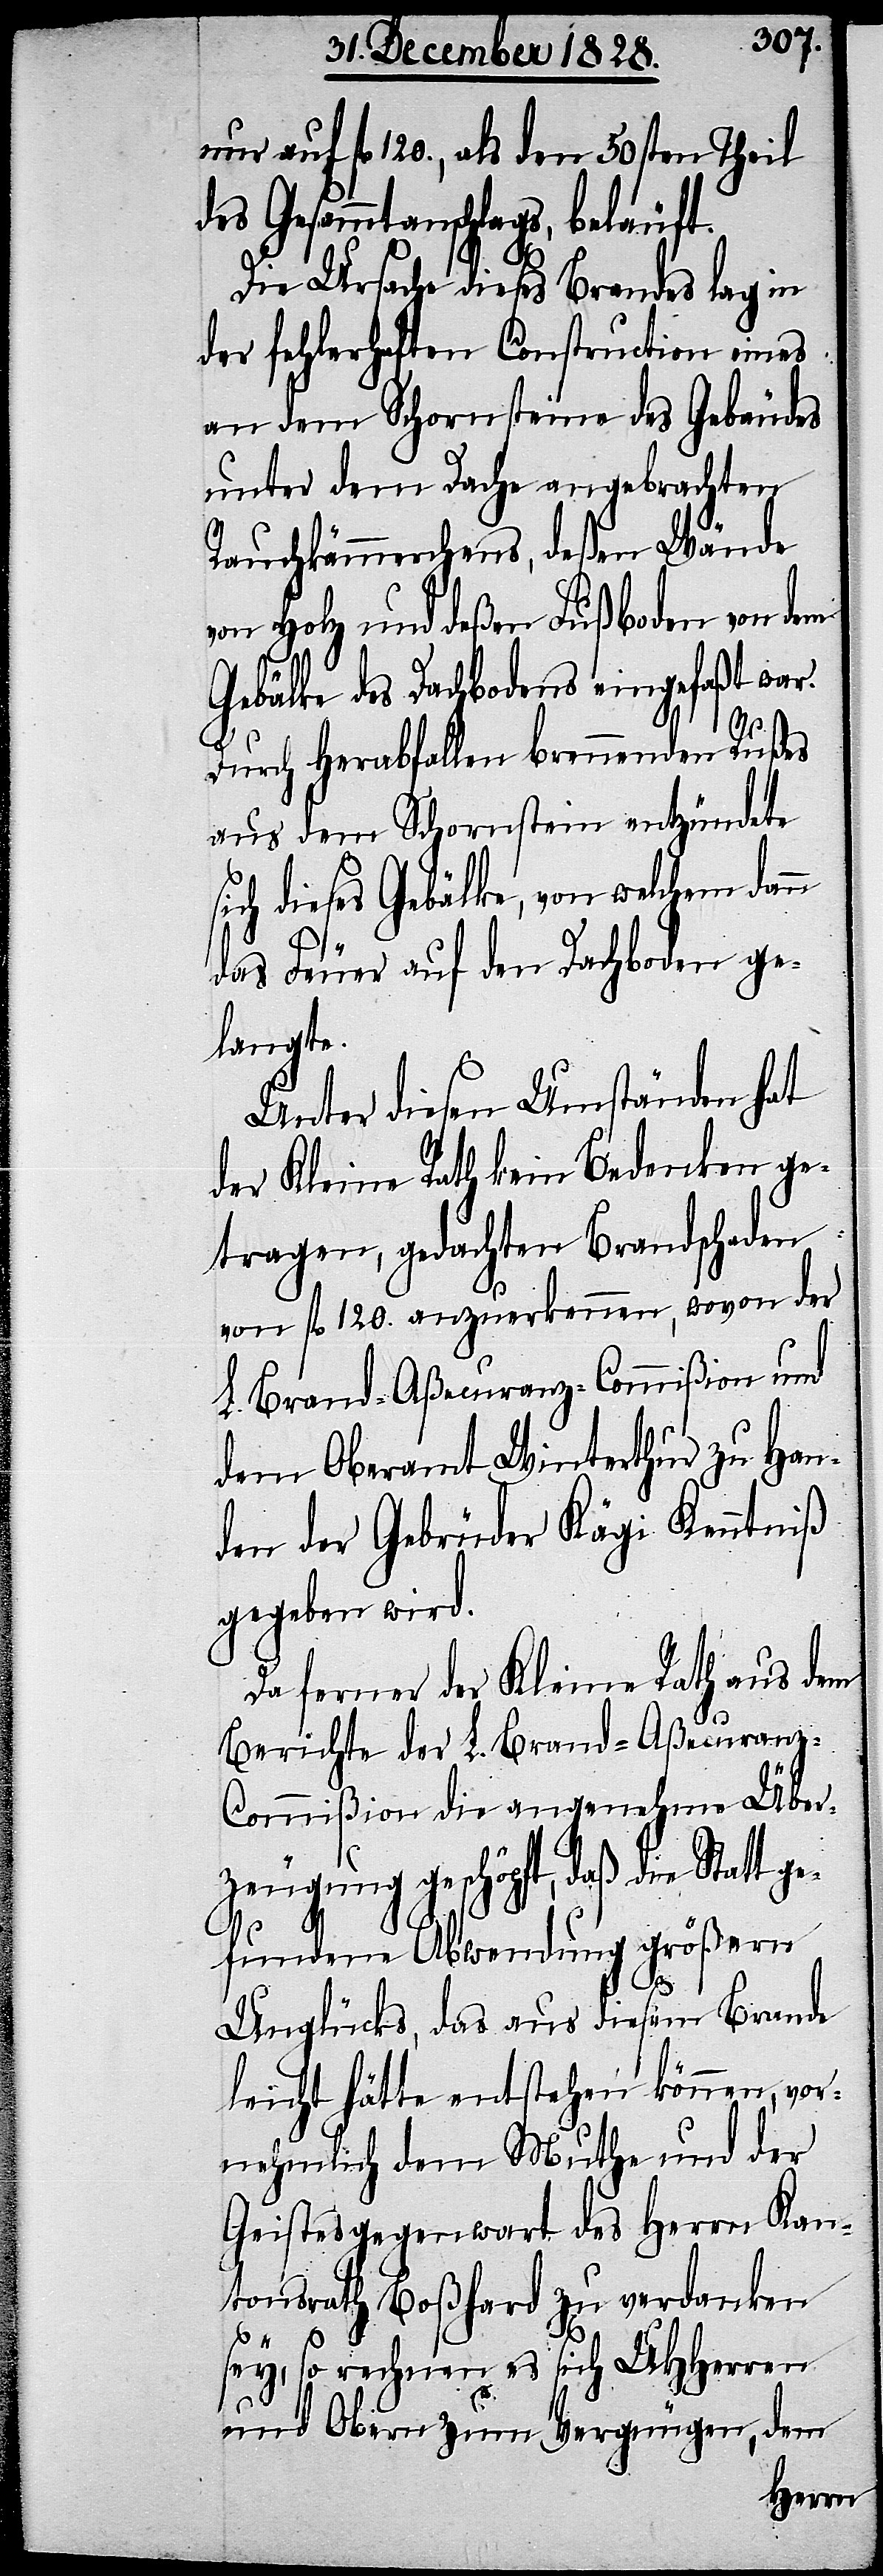
nur auf fl. 120., als den 50sten Theil
des Gesammtanschlags, beläuft.
Die Ursache dieses Brandes lag in
der fehlerhaften Construction eines
an dem Schornsteine des Gebäudes
unter dem Dache angebrachten
Rauchkämmerchens, deßen Wände
von Holz und deßen Fußboden von dem
Gebälke des Dachbodens eingefaßt war.
Durch Herabfallen brennenden Rußes
aus dem Schornstein entzündete
ich dieses Gebälk, von welchem dann
das Feuer auf den Dachboden ge¬
langte.
Unter diesen Umständen hat
der Kleine Rath kein Bedenken ge¬
tragen, gedachten Brandschaden
von fl. 120. anzuerkennen, wovon der
L. Brand-Aßecuranz-Commißion und
dem Oberamt Winterthur zu Han¬
den der Gebrüder Kägi Kenntniß
gegeben wird.
Da ferner der Kleine Rath aus dem
Berichte der L. Brand-Aßecuranz-C¬
ommißion die angenehme Über¬
zeugung geschöpft, daß die Statt ge¬
fundene Anwendung größern
s¬
Unglücks, das aus diesem Brande
leicht hätte entstehen können, vor¬
nehmlich dem Muthe und der
Geistesgegenwart des Herrn Kan¬
tonsrath Boßhard zu verdanken
sey, so rechnen es sich UHHerren
und Obern zum Vergnügen, dem